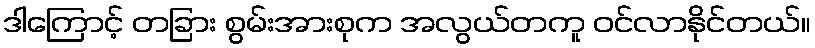
ဒါကြောင့် တခြား စွမ်းအားစုက အလွယ်တကူ ဝင်လာနိုင်တယ်။